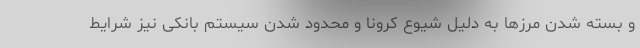
و بسته شدن مرزها به دلیل شیوع کرونا و محدود شدن سیستم بانکی نیز شرایط